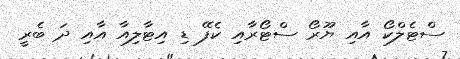
ސްޓެލްކޯ އާއި ޔޫރޯ ސްޓޯރާއި ކެފޭ ޑި އިޓާލިއާ އާއި ދަ ބެރީ